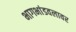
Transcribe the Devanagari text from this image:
भागभांडवलावर